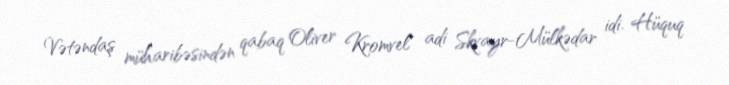
Vətəndaş müharibəsindən qabaq Oliver Kromvel adi Skvayr-Mülkədar idi. Hüquq